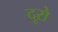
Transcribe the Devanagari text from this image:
दूरो